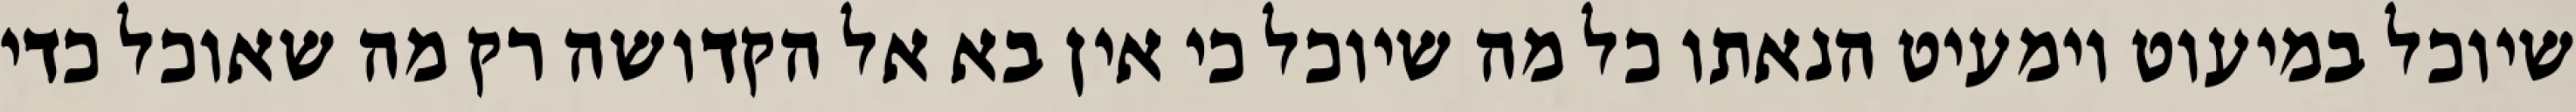
שיוכל במיעוט וימעיט הנאתו כל מה שיוכל כי אין בא אל הקדושה רק מה שאוכל כדי